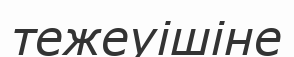
тежеуішіне